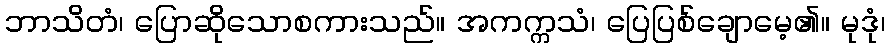
ဘာသိတံ၊ ပြောဆိုသောစကားသည်။ အကက္ကသံ၊ ပြေပြစ်ချောမေ့၏။ မုဒုံ၊